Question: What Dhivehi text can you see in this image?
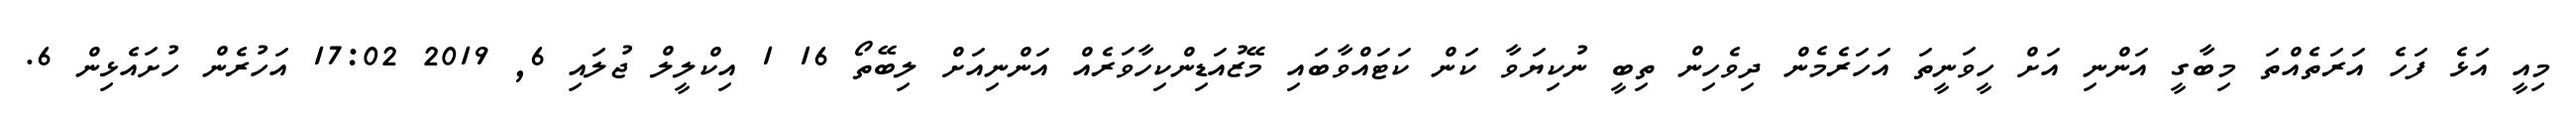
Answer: މިއީ އަޅެ ފަހެ އަރަތެއްތަ މިބާގީ އަންނި އަށް ހީވަނީތަ އަހަރެމެން ދިވެހިން ތިބީ ނުކިޔަވާ ކަން ކަޓައްވާބައި މޭޒުއަޑިންކިހާވަރެއް އަންނިއަށް ލިބޭތޯ 16 1 އިކްލީލް ޖުލައި 6, 2019 17:02 އަހުރެން ހުށައެޅިން 6.